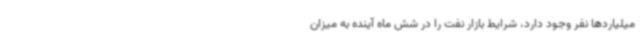
میلیاردها نفر وجود دارد، شرایط بازار نفت را در شش ماه آینده به میزان